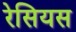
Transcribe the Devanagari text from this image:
रेसियस